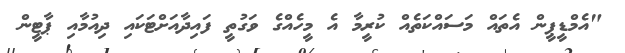
"އެމްޑީޕީން އެތައް މަސައްކަތެއް ކުރީމާ އެ މީހެއްގެ ވަގުތީ ފައިދާއަށްޓަކައި ދިއުމާއި ޕާޓީން